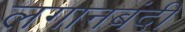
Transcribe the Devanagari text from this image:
लगानबंदी